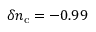
\delta n _ { \mathrm { c } } = - 0 . 9 9